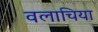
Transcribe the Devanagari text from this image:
वलाचिया